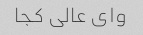
وای عالی کجا